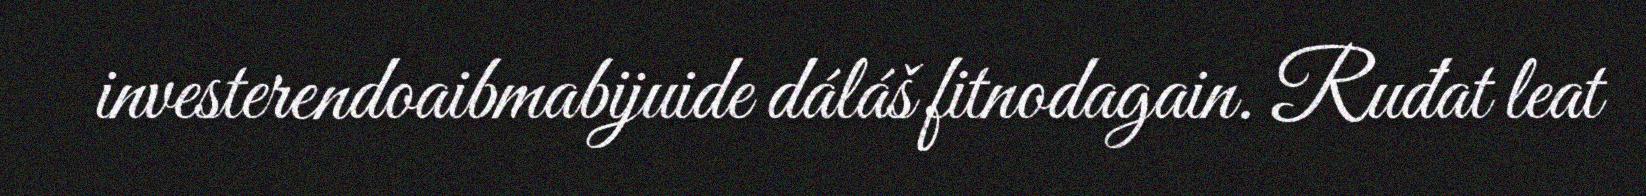
investerendoaibmabijuide dáláš fitnodagain. Ruđat leat